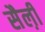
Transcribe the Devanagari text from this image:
सैल़ी